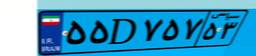
۵۵D۷۵۷۵۳